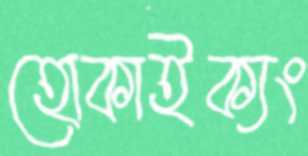
হোকাইক্যং